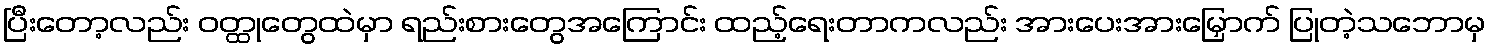
ပြီးတော့လည်း ဝတ္ထုတွေထဲမှာ ရည်းစားတွေအကြောင်း ထည့်ရေးတာကလည်း အားပေးအားမြှောက် ပြုတဲ့သဘောမှ